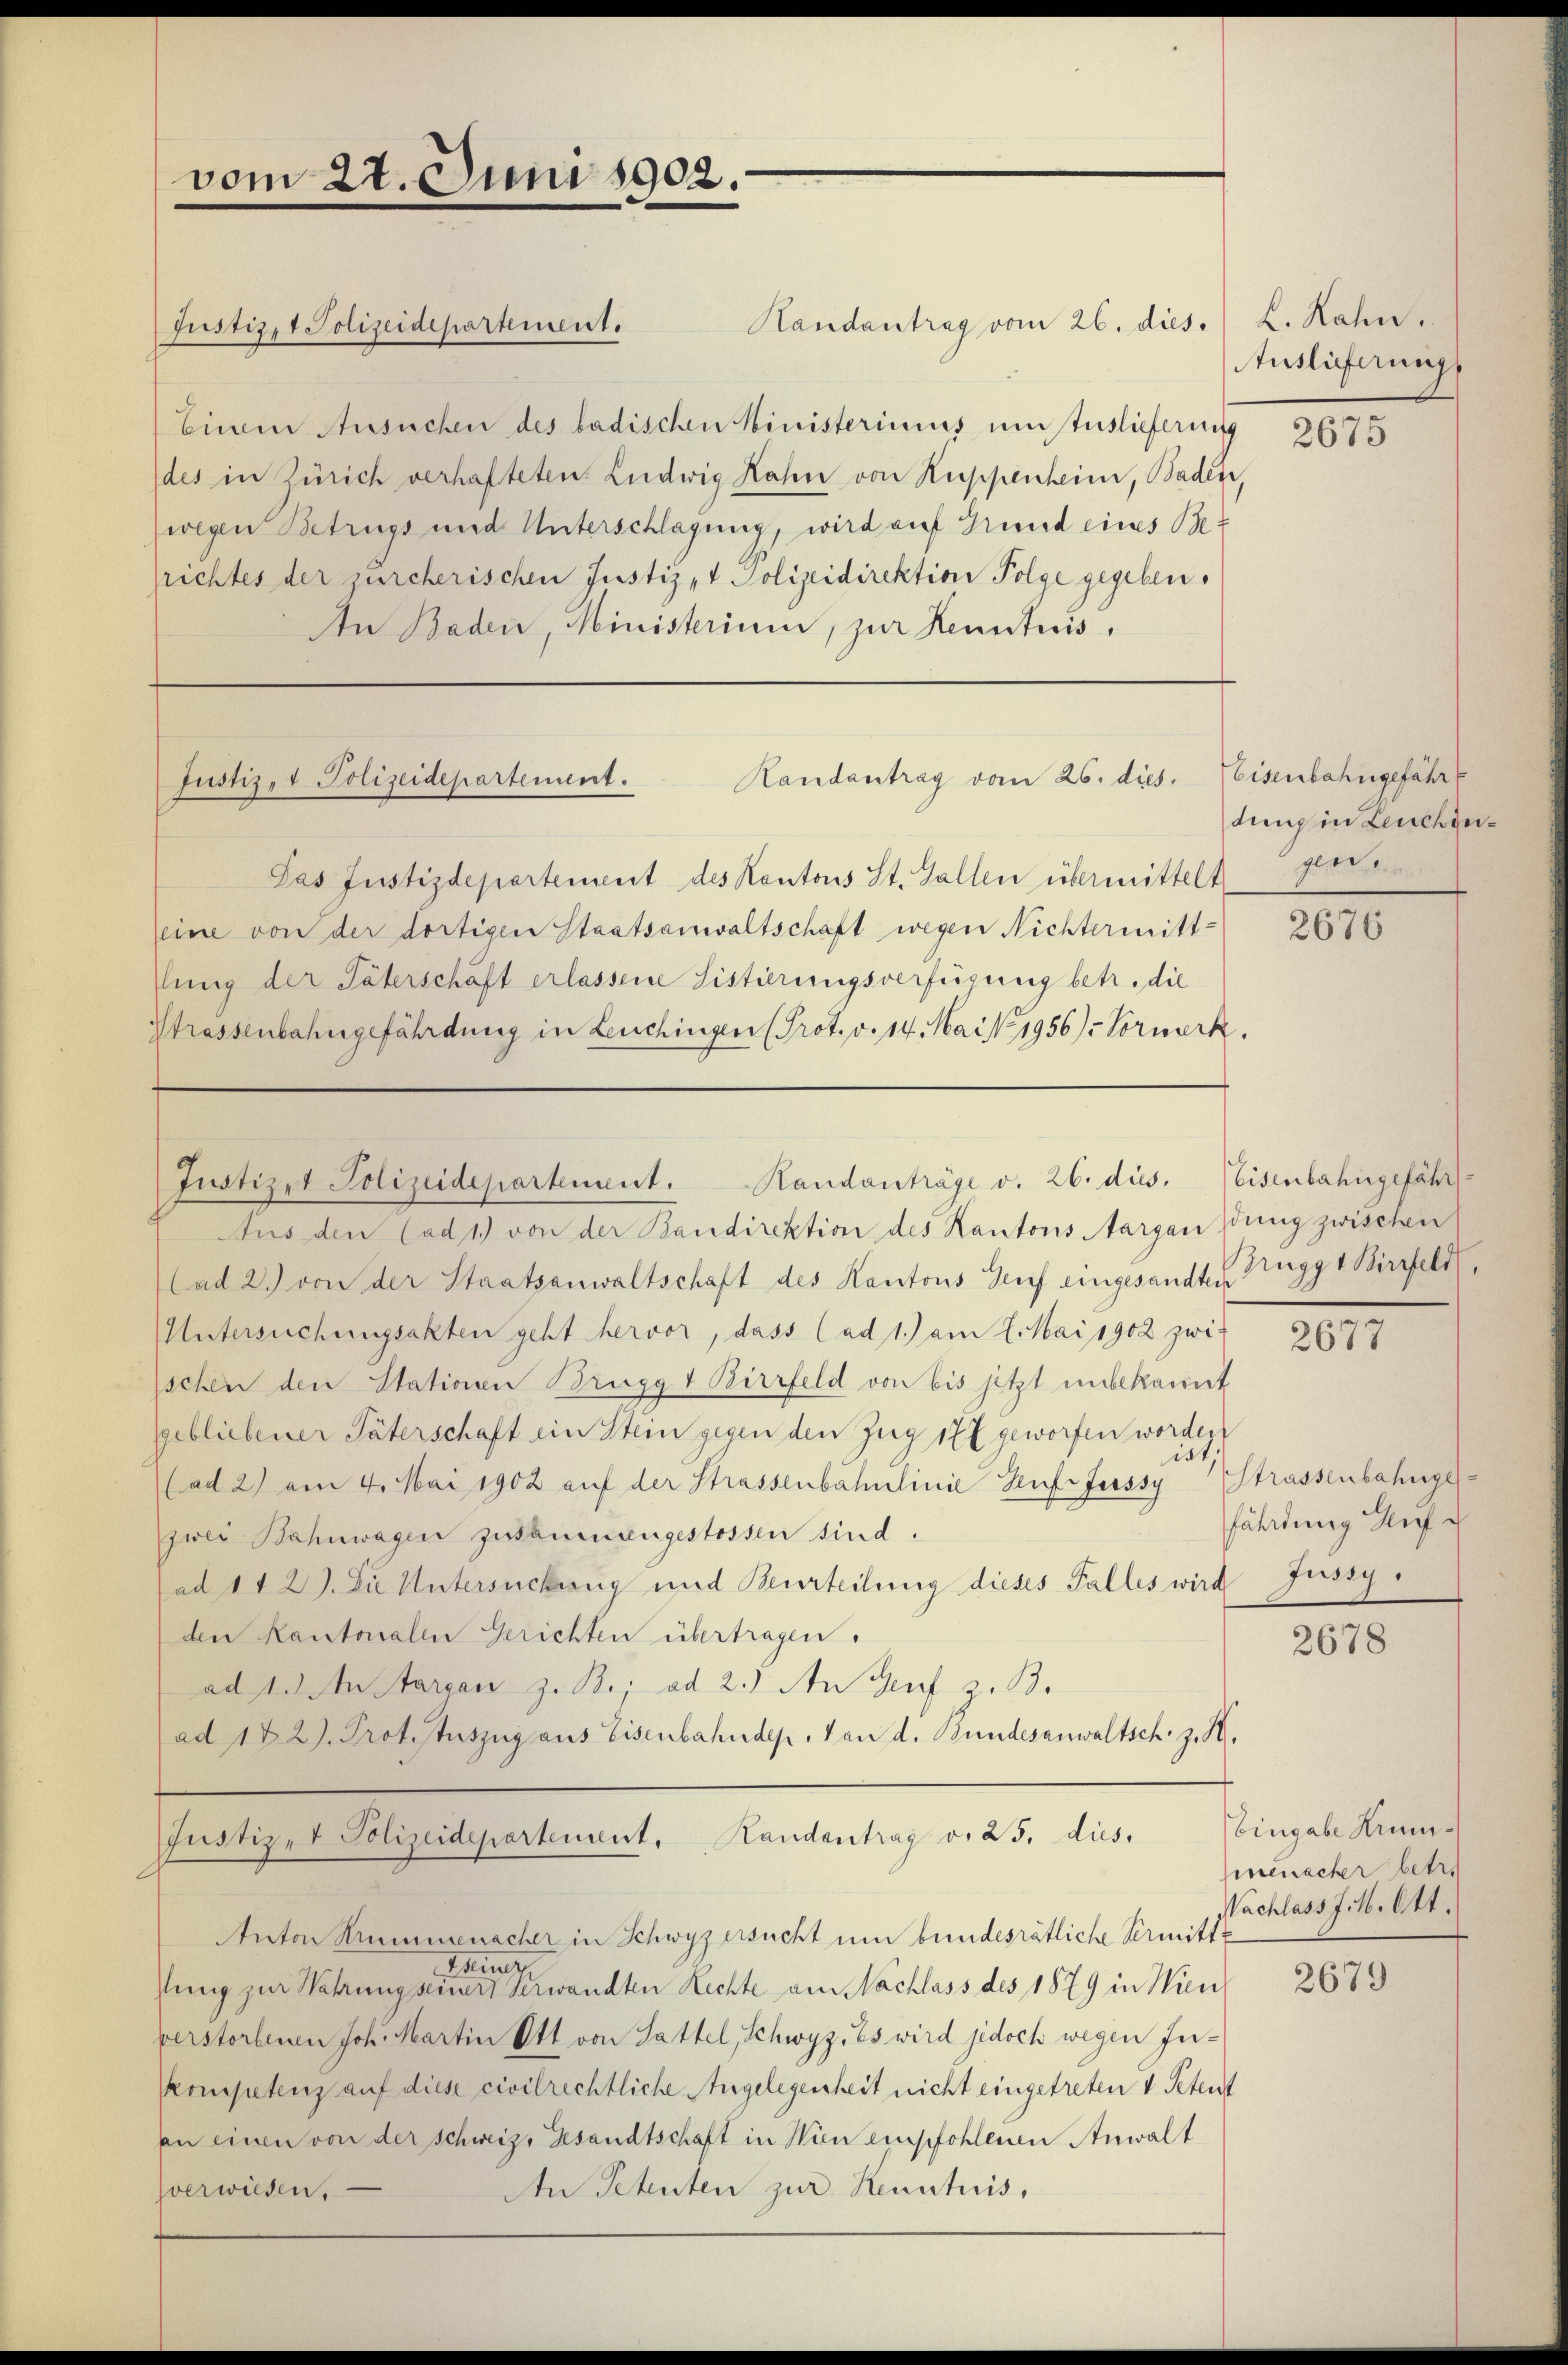
vom

Handantrag vom 26. dies
Einen Ansuchen des badischen Ministerimus um Auslieferung
des in Zürich verhafteten Ludwig Hahn von Kuppenheim, Baden,
wegen Betrugs und Unterschlagung, wird auf Grund eines Besrichtes der zürcherischen Justiz- & Polizeidirektion Folge gegeben,
An Baden, Ministerium, zur Kenntnis,

Justiz, 1 Polizeidepartement.

27. Juni 1902.

Justiz- & Polizeidepartement.

Justiz & Polizeidepartement. Handanträge v. 26. dus. Weisenbahngefähr

Handantrag vom 26. dies. Eisenbahngefähr

Das Justizdepartement des Kantons St. Gallen übermittelt
seine von der dortigen Staatsanwaltschaft wegen Nichtermitt-
llung der Täterschäft erlassene Sistierungsverfügung betr. die
Strassenbahngefährdung in Leuchingen (Prot. v. 14. Mai 1956). Vormerk.

L. Rahn.
Auslieferungs

2675

dung in Leuchengee

Aus den (ad 1.) von der Bandirektion des Kantons Aargau dung zwischen
Cad 2.) von der Staatsanwaltschaft des Kantons Genf eingesandten Zugg 1 Birrfeld
Untersuchungsakten geht hervor, dass (ad 1.) am 7. Mai 1902 zwis
schen den Stativen Brugg & Birrfeld von bis jetzt unbekannt
gebliebener Täterschaft ein Stein gegen den Zug 17x geworfen worden
iat,
(ad 2) am 4. Mai 1902 aŭf der Strassenbahnlinie Auffassy Strassenbahngeszwei Bahnwagen zusammengestossen sind.
ad 11 2). Die Untersuchung und Beurteilung dieses Falles wird
den Kantonalen Gerichten übertragen.
ad 1. In Sargan z. B.; ad 2.) An Genf z. B.
ad 142). Prof. Auszug aus Eisenbahndep. 1 an d. Bundesanwaltsch z. K.
Justiz- & Polizeidepartement. Landantrag v. 25. dies
Anton Summenacher in Schwyz ersucht um bundesrätliche Vermitte
Einz
sung zur Wahrung seinert verwandten Rechte am Nachlass des 1879 in Win
verstorbenen Joh. Martin Ott von Sattel, Schwyz, Es wird jedoch wegen In¬
Pompetenz auf diese civilrechtliche Angelegenheit nicht eingetreten v Petent
an einen von der Schweiz. Gesandtschaft in Wien empfohlenen Anwalt
zverwiesen. —
An Petenten zur Kenntnis,

2676

2677

fährdung Auf
Juszy.

2678

Eingabe Krum.
menacher betr.
Vachlass J. M. Ott.

2679